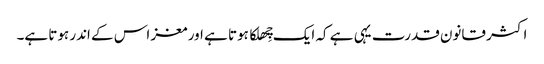
اکثر قانون قدرت یہی ہے کہ ایک چِھلکا ہوتا ہے اور مغز اس کے اندر ہوتا ہے۔